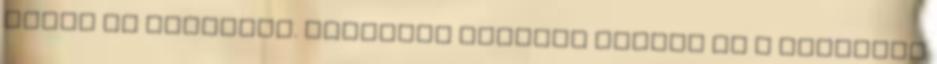
járni az törökben. Tizenhat elevent hoztak el s ennéhány